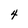
Character: 4